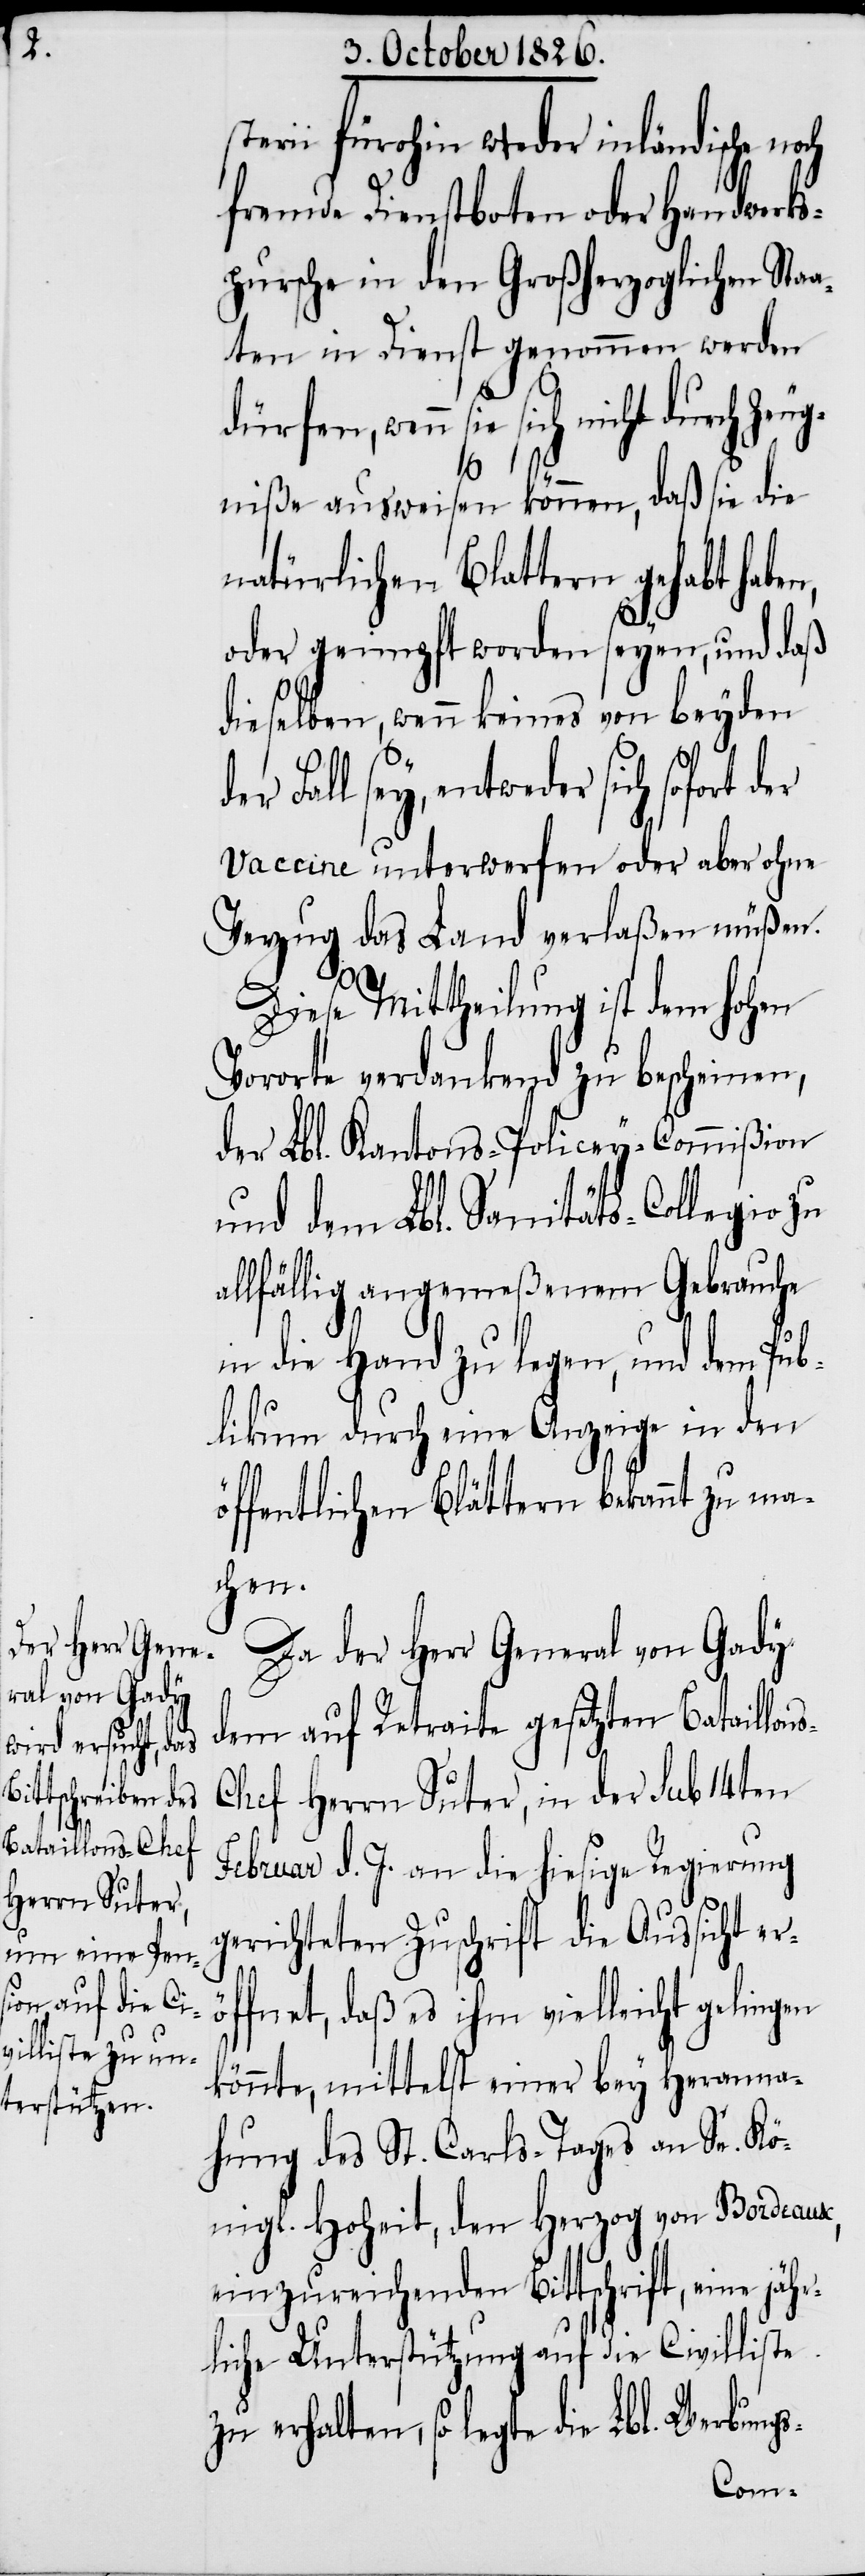
s-C¬

sterii fürohin weder inländische noch
fremde Dienstboten oder Handwerks¬
pursche in den Großherzoglichen Staa¬
ten in Dienst genommen werden
dürfen, wenn sie sich nicht du¬
ö¬
ugniße ausweisen können, daß sie die
natürlichen Blattern gehabt haben,
oder geimpft worden seyen, und daß
dieselben, wenn keines von beyden
Fall sey, entweder sich sofort
Vaccine unterwerfen oder aber ohne
Verzug das Land verlaßen müßen.
Diese Mittheilung ist dem hohen
Vororte verdankend zu bescheinen,
der Lbl. Kantons-Policey-Commißion
und dem Lbl. Sanitäts-Collegio zu
allfällig angemeßenem Gebrauche
in die Hand zu legen, und dem Pub¬
likum durch eine Anzeige in den
öffentlichen Blättern bekannt zu ma¬
chen.
Da der Herr General von Gady
dem auf Retraite gesetzten Bataillon¬
hef Herrn Suter, in der sub 14ten
Februar d. J. an die hiesige Regierung
gerichteten Zuschrift die Aussicht er¬
ffnet, daß es ihm vielleicht gelingen
könnte, mittelst einer bey Heranna¬
hung des St. Carls-Tages an Se. Kö¬
nigl. Hoheit, den Herzog von Bordeaux,
einzureichenden Bittschrift, eine jähr¬
liche Unterstützung auf die Civilliste
zu erhalten, so legte die Lbl. Werbungs-